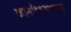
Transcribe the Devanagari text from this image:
कार्याध्यक्षपदाच्या